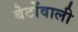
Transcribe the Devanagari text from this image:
बेटोंवाली